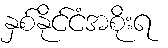
နှစ်နိုင်ငံအစိုးရ